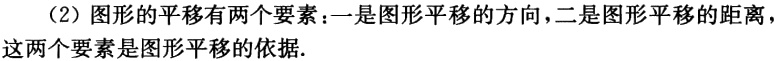
（2）图形的平移有两个要素：一是图形平移的方向，二是图形平移的距离，这两个要素是图形平移的依据.